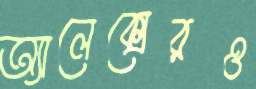
অ্যালেক্সেরও